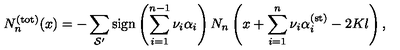
N _ { n } ^ { ( \mathrm { t o t } ) } ( x ) = - \sum _ { { \cal S } ^ { \prime } } \mathrm { s i g n } \left( \sum _ { i = 1 } ^ { n - 1 } \nu _ { i } \alpha _ { i } \right) N _ { n } \left( x + \sum _ { i = 1 } ^ { n } \nu _ { i } \alpha _ { i } ^ { ( \mathrm { s t } ) } - 2 K l \right) ,